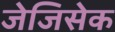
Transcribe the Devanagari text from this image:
जेजिसेक